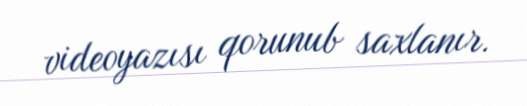
videoyazısı qorunub saxlanır.